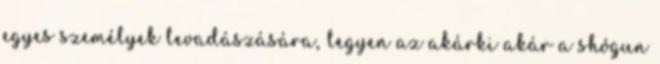
egyes személyek levadászására, legyen az akárki akár a shógun